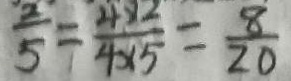
\frac { 2 } { 5 } = \frac { 4 \times 2 } { 4 \times 5 } = \frac { 8 } { 2 0 }